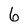
Character: 6